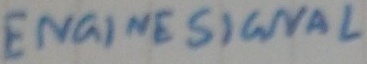
Text: ENGINE SIGNAL